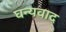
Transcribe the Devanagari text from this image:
घन्यवाद